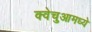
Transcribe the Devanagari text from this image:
क्वेचुआमध्ये